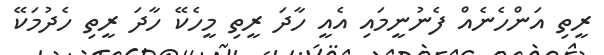
ރީތި އަންހެނެއް ފެނުނީމައި އެއީ ހާދަ ރީތި މީހެކޭ ހާދަ ރީތި ހެދުމަކޭ